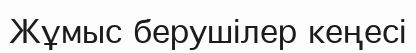
Жұмыс берушілер кеңесі